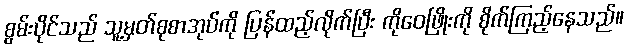
စွမ်းပိုင်သည် သူ့မှတ်စုစာအုပ်ကို ပြန်ထည့်လိုက်ပြီး ကိုဝေဖြိုးကို စိုက်ကြည့်နေသည်။